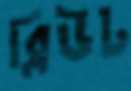
ব্লিউট